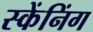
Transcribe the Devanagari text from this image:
स्केंनिंग